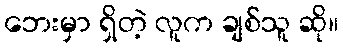
ဘေးမှာ ရှိတဲ့ လူက ချစ်သူ ဆို။